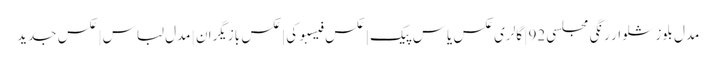
مدل بلوز شلوار رنگی مجلسی 92 | گالری عکس یاس پیک | عکس فیسبوکی | عکس بازیگران | مدل لباس | عکس جدید